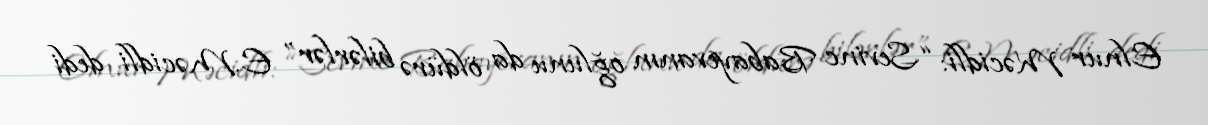
Elnur Məcidli: “Sevinc Babayevanın oğlunu da öldürə bilərlər” E.Məcidli dedi